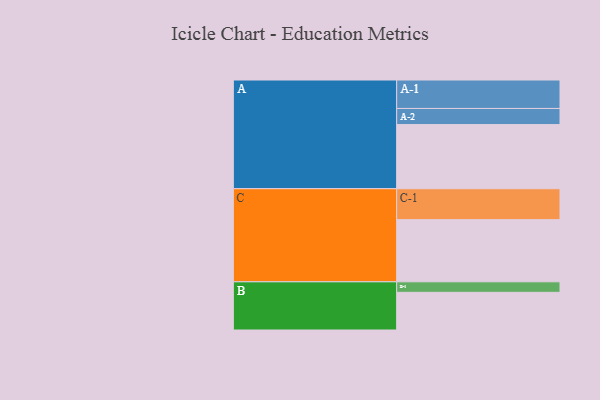
{"axis": {"x": "Segment", "y": "Value"}, "legend": ["", "A", "B", "C"], "data": [{"x": "A", "y": 550, "type": ""}, {"x": "B", "y": 323, "type": ""}, {"x": "C", "y": 533, "type": ""}, {"x": "A-1", "y": 244, "type": "A"}, {"x": "A-2", "y": 138, "type": "A"}, {"x": "B-1", "y": 90, "type": "B"}, {"x": "C-1", "y": 265, "type": "C"}]}